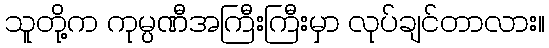
သူတို့က ကုမ္ပဏီအကြီးကြီးမှာ လုပ်ချင်တာလား။